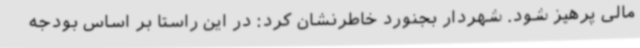
مالی پرهیز شود. شهردار بجنورد خاطرنشان کرد: در این راستا بر اساس بودجه